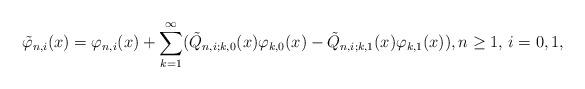
LaTeX: \begin{align*} \tilde \varphi_{n,i}(x) = \varphi_{n,i}(x) + \sum_{k = 1}^{\infty} (\tilde Q_{n,i; k,0}(x) \varphi_{k,0}(x) - \tilde Q_{n,i; k,1}(x) \varphi_{k,1}(x)), n \ge 1, \, i = 0, 1,\end{align*}